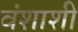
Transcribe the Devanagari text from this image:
वंशाशी